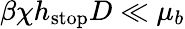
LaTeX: \beta\chi h_{\mathrm{stop}}D\ll\mu_{b}